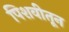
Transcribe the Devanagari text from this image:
पिशवीतून